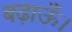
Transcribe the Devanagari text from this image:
बढ़ाऊँ।